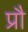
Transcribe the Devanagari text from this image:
प्रौ